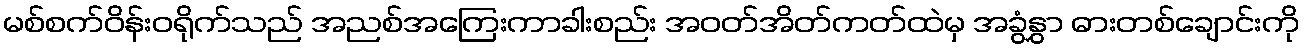
မစ်စက်ဝိန်းဝရိုက်သည် အညစ်အကြေးကာခါးစည်း အဝတ်အိတ်ကတ်ထဲမှ အခွံနွှာ ဓားတစ်ချောင်းကို